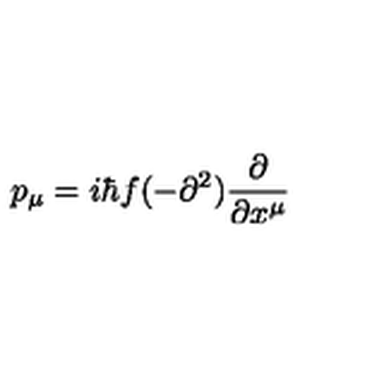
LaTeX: p _ { \mu } = i \hbar f ( - \partial ^ { 2 } ) \frac { \partial } { \partial x ^ { \mu } }